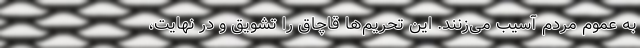
به عموم مردم آسیب می‌زنند. این تحریم‌ها قاچاق را تشویق و در نهایت،